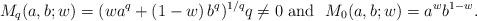
LaTeX: \begin{align*}M_{q}(a,b;w)=(wa^{q}+\left( 1-w\right) b^{q})^{1/q}q\neq 0\text{\ and \ }M_{0}(a,b;w)=a^{w}b^{1-w}. \end{align*}